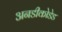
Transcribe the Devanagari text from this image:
अनडीकोडेड